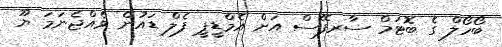
ބޯހޯލް ގެ ބޮޓަމް ސާރފޭސް އަށް އެމްޑީޕީ ފެލް ޑައުން ވެއްޖެނަމަ ޔޫ